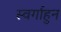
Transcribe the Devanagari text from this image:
स्वर्गाहुन